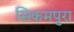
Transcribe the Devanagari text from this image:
सिकमपुरा